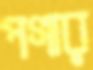
পগার